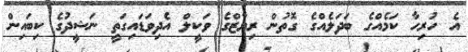
އެ ހުރިހާ ކަމެއްގެ ބަދަލެއްގެ ގޮތުން ރިޔާޒްގެ ވަކީލް އެދިވަޑައިގަތީ ނަޝީދުގެ ކިބައިން